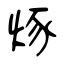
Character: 烼